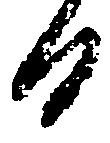
日